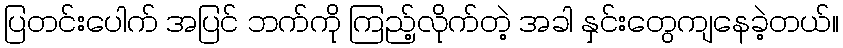
ပြတင်းပေါက် အပြင် ဘက်ကို ကြည့်လိုက်တဲ့ အခါ နှင်းတွေကျနေခဲ့တယ်။